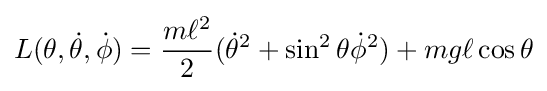
L(\theta ,{\dot {\theta }},{\dot {\phi }})={\frac {m\ell ^{2}}{2}}({\dot {\theta }}^{2}+\sin ^{2}\theta {\dot {\phi }}^{2})+mg\ell \cos \theta